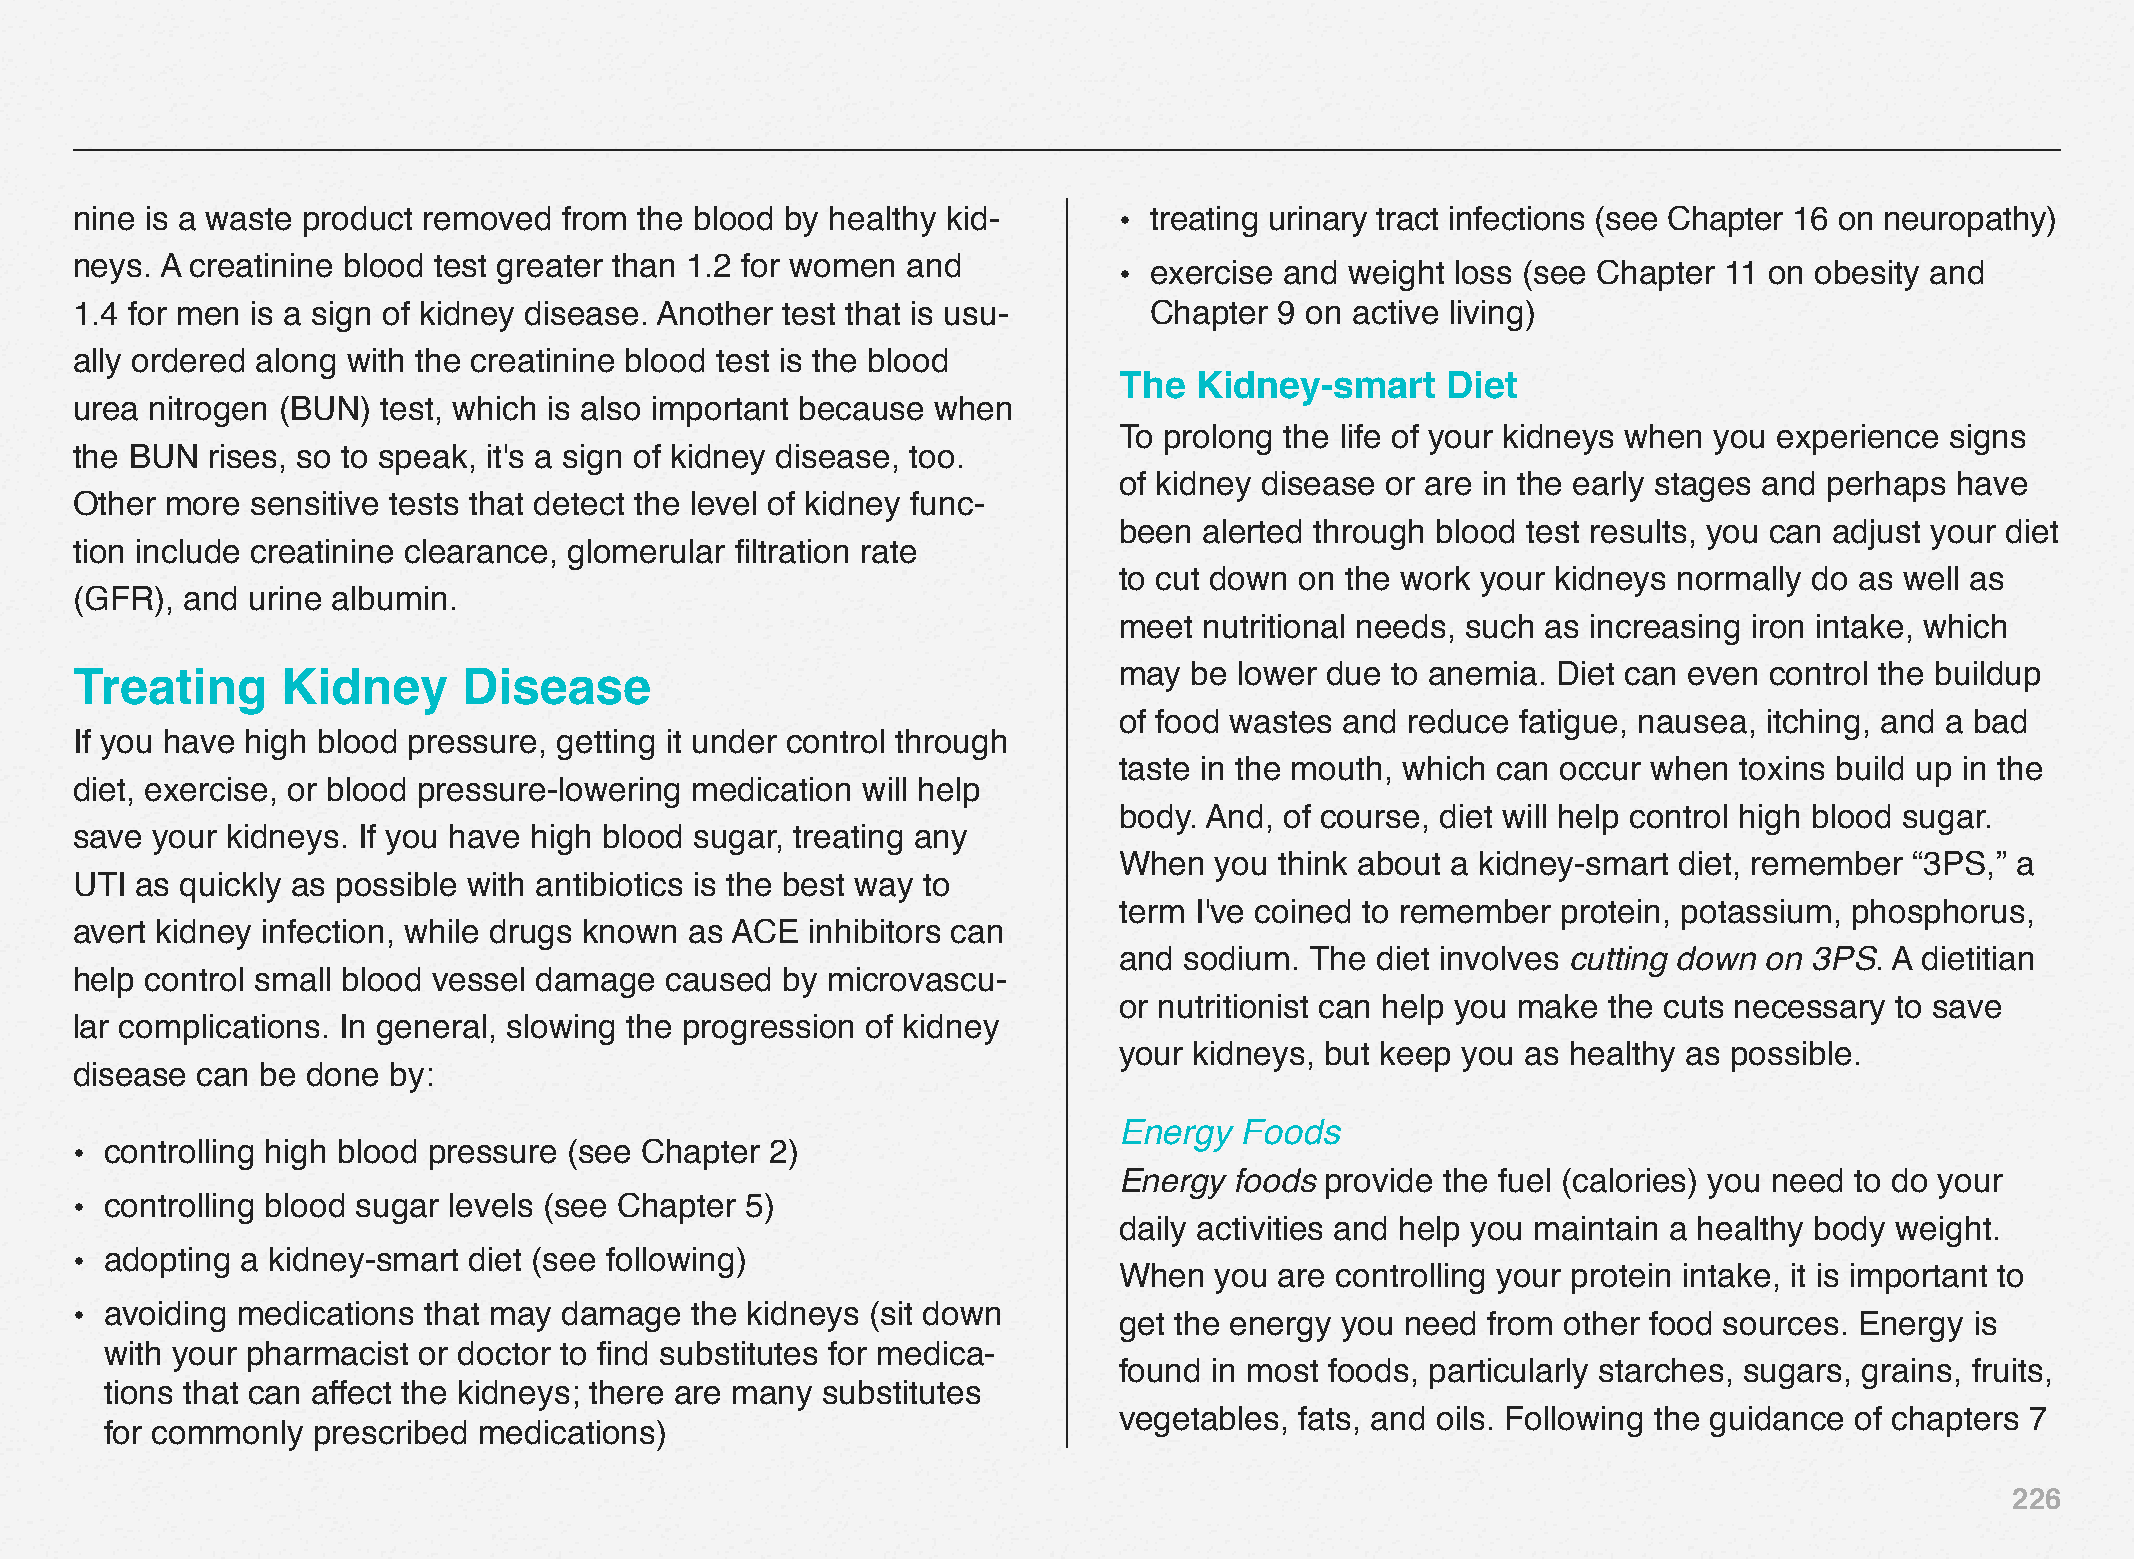
nine is a waste product removed from the blood by healthy kid-       • treating urinary tract infections (see Chapter 16 on neuropathy)
 neys. A creatinine blood test greater than 1.2 for women and
 • exercise and weight loss (see Chapter 11 on obesity and
 1.4 for men is a sign of kidney disease. Another test that is usu-     Chapter  9 on active living)
 ally ordered along with the creatinine blood test is the blood
 The  Kidney-smart     Diet
 urea nitrogen (BUN) test, which is also important because when
 To prolong the life of your kidneys when you experience signs
 the BUN  rises, so to speak, it's a sign of kidney disease, too.
 of kidney disease or are in the early stages and perhaps have
 Other more  sensitive tests that detect the level of kidney func-
 been  alerted through blood test results, you can adjust your diet
 tion include creatinine clearance, glomerular filtration rate
 to cut down on the work your kidneys normally do as well as
 (GFR), and urine albumin.
 meet  nutritional needs, such as increasing iron intake, which
 Treating      Kidney      Disease                                    may  be lower due to anemia. Diet can even control the buildup
 of food wastes and reduce  fatigue, nausea, itching, and a bad
 If you have high blood pressure, getting it under control through
 taste in the mouth, which can occur when toxins build up in the
 diet, exercise, or blood pressure-lowering medication will help
 body. And, of course, diet will help control high blood sugar.
 save your kidneys. If you have high blood sugar, treating any
 When  you  think about a kidney-smart diet, remember “3PS,” a
 UTI as quickly as possible with antibiotics is the best way to
 term I've coined to remember protein, potassium, phosphorus,
 avert kidney infection, while drugs known as ACE inhibitors can
 and sodium.  The diet involves cutting down on 3PS. A dietitian
 help control small blood vessel damage caused  by microvascu-
 or nutritionist can help you make the cuts necessary to save
 lar complications. In general, slowing the progression of kidney
 your kidneys, but keep you as healthy as possible.
 disease can be done  by:
 Energy  Foods
 • controlling high blood pressure (see Chapter 2)
 Energy  foods provide the fuel (calories) you need to do your
 • controlling blood sugar levels (see Chapter 5)
 daily activities and help you maintain a healthy body weight.
 • adopting a kidney-smart diet (see following)
 When  you  are controlling your protein intake, it is important to
 • avoiding medications that may damage   the kidneys (sit down
 get the energy you need from  other food sources. Energy is
 with your pharmacist or doctor to find substitutes for medica-
 found in most foods, particularly starches, sugars, grains, fruits,
 tions that can affect the kidneys; there are many substitutes
 vegetables, fats, and oils. Following the guidance of chapters 7
 for commonly  prescribed medications)
 226